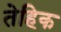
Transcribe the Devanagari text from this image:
तेहिक